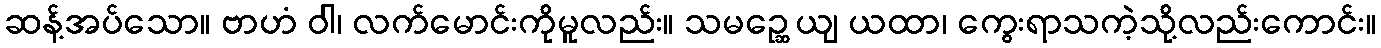
ဆန့်အပ်သော။ ဗာဟံ ဝါ၊ လက်မောင်းကိုမူလည်း။ သမဉ္ဆေယျ ယထာ၊ ကွေးရာသကဲ့သို့လည်းကောင်း။